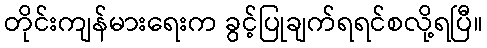
တိုင်းကျန်မားရေးက ခွင့်ပြုချက်ရရင်စလို့ရပြီ။